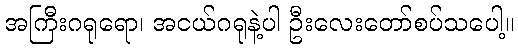
အကြီးဂရုရော၊ အငယ်ဂရုနဲ့ပါ ဦးလေးတော်စပ်သပေါ့။